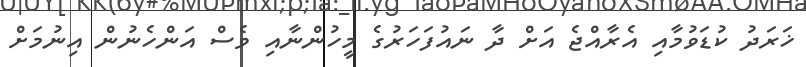
ޚަރަދު ކުޑަވުމާއި އެރާއްޖެ އަށް ދާ ނައުފަހަރުގެ މީހުންނާއި ވެސް އަންހެނުން އިނުމަށް